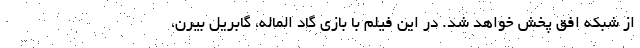
از شبکه افق پخش خواهد شد. در این فیلم با بازی گاد الماله، گابریل بیرن،